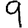
Digit: 9